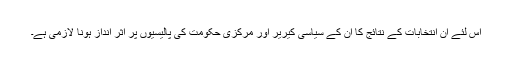
اس لئے ان انتخابات کے نتائج کا ان کے سیاسی کیریر اور مرکزی حکومت کی پالیسیوں پر اثر انداز ہونا لازمی ہے۔